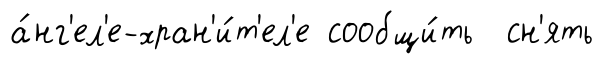
а́нг'ел'е-хран'и́т'ел'е сообщи́ть сн'ять